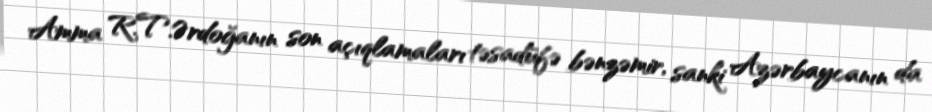
Amma R.T.Ərdoğanın son açıqlamaları təsadüfə bənzəmir, sanki Azərbaycanın da